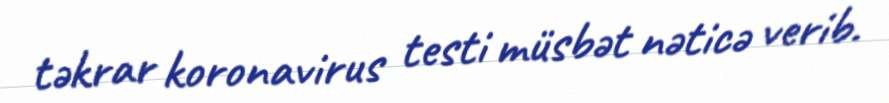
təkrar koronavirus testi müsbət nəticə verib.